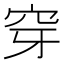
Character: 穿